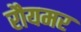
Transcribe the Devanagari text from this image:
रौयमर